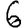
Digit: 6